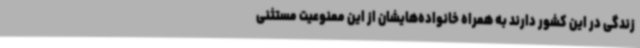
زندگی در این کشور دارند به همراه خانواده‌هایشان از این ممنوعیت مستثنی